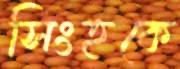
সিংহকে